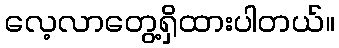
လေ့လာတွေ့ရှိထားပါတယ်။